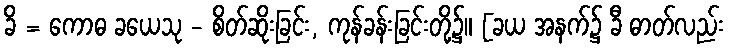
ခိ = ကောဓ ခယေသု - စိတ်ဆိုးခြင်း, ကုန်ခန်းခြင်းတို့၌။ [ခယ အနက်၌ ခီ ဓာတ်လည်း